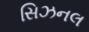
સિઝનલ